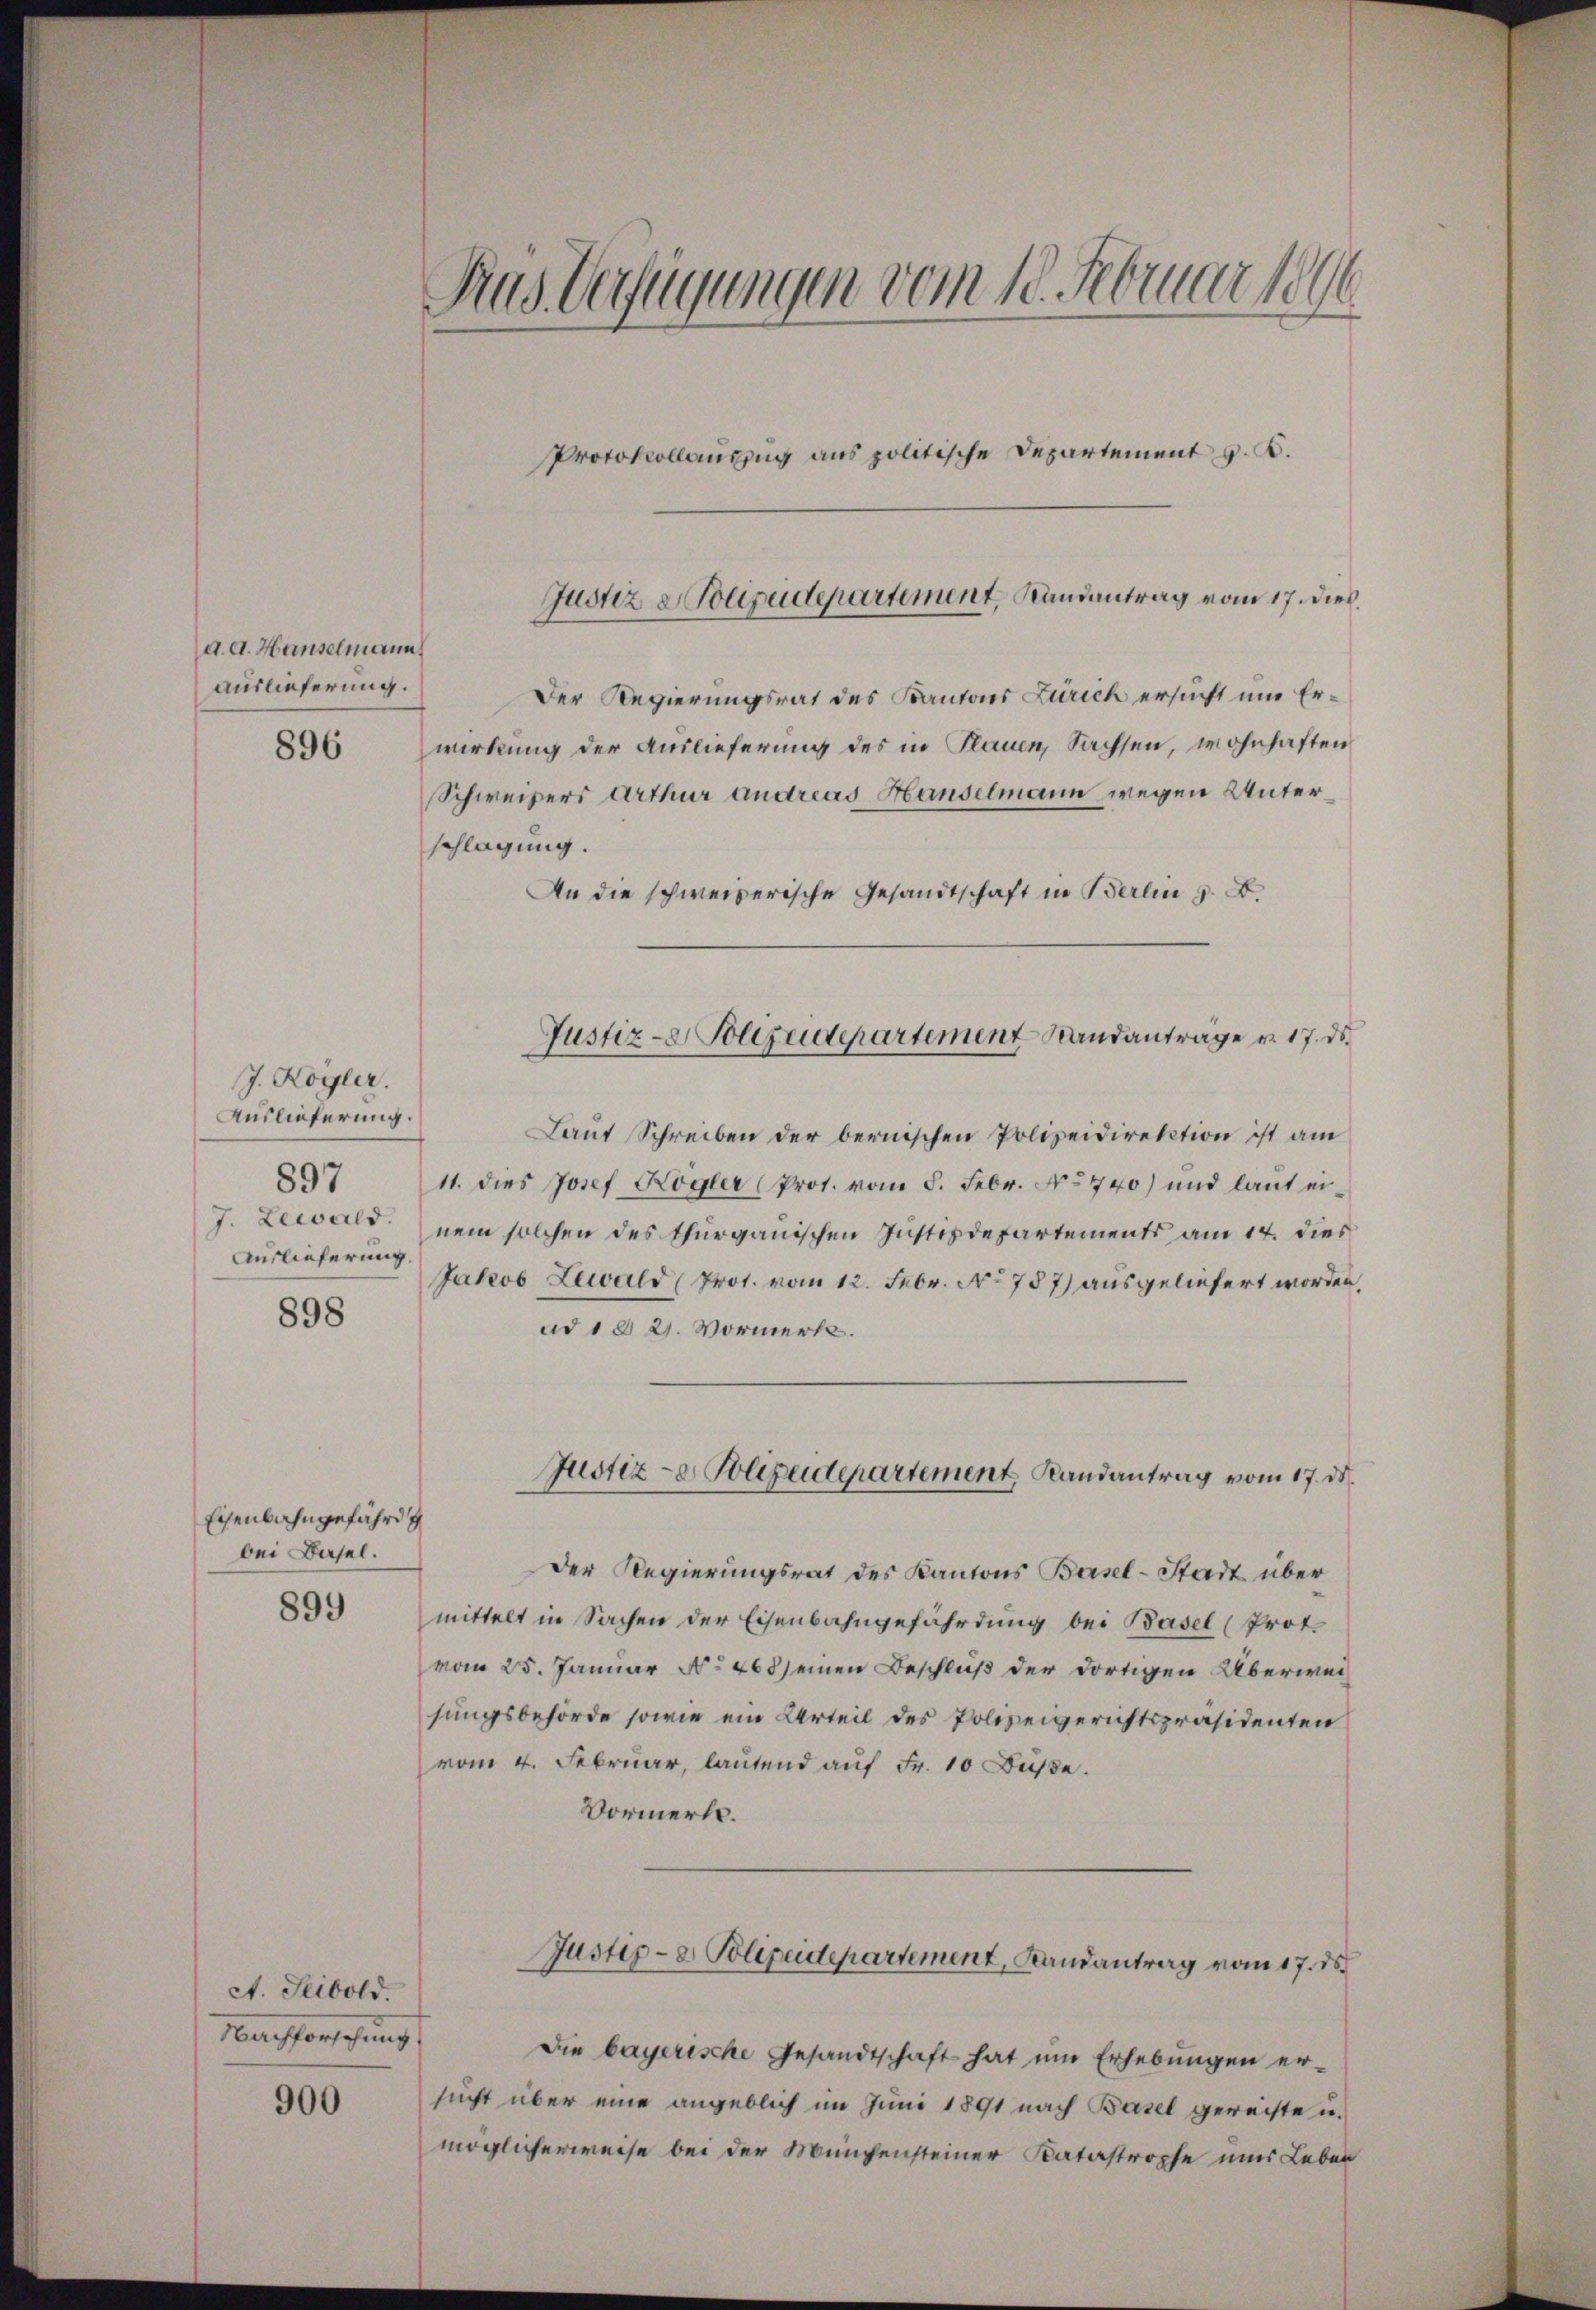
d. d. Hanselmann
auslieferung.

J. Kogler.
Auslieferung.
897
J. Lewald.
Auslieferung.

898

Eisenbahngefährdg
bei Basel.
899

ct. Seibold.
Nachforschung

900

Rus Verfügungen vom 18. Februar 1896

Protokollauszug aus politische Departement v. K.
Der Regierungsrat des Kantons Zürich ersucht und Er¬
896 wirkung der Auslieferung des in Plauen, Sachsen, wohnhaften
Schweizers Arthur andreas Hanselmann wegen Unterschlagung.
An die schweizerische Gesandtschaft in Berlin z. B.
Laut Schreiben der bernischen Polizeidirektion ist am
11. dies Josef Kögler (Prot. vom 5. Febr. No 740) und laut einem solchen des thurgauischen Justizdepartements am 14. dies
Jakob Lewald (Prot. vom 12. Febr. No 787) ausgeliefert worden,
ad d 21. Vormerk.
Justiz- & Polizeidepartement Randantrag vom 17. ds.
Der Regierungsrat des Kantons Basel-Stadt über
mittelt in Sachen der Eisenbahngefährdung bei Basel (Prot.
vom 25. Januar No 468) einen Beschluß der dortigen Überweisungsbehörde sowie ein Urteil des Polizeigerichtspräsidenten
vom 4. Februar, lautend auf Fr. 10 Fuße.
Vormerks.
Justiz- & Polizeidepartement, Landantrag vom 17. ds.
Die bayerische Gesandtschaft hat um Erhebungen er-
sucht über eine angeblich im Juni 1891 nach Basel gereiste u.
möglicherweise bei der Münchensteiner Katastrophe nur Leben

Justiz & Polizeidepartement, Randantrag vom 17. dieß.

Justiz-Polizeidepartement Standanträge v. 17. ds.